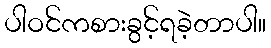
ပါဝင်ကစားခွင့်ရခဲ့တာပါ။